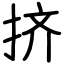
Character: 挤